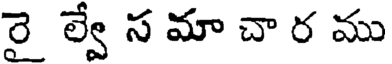
రై ల్వే స మా చా ర ము